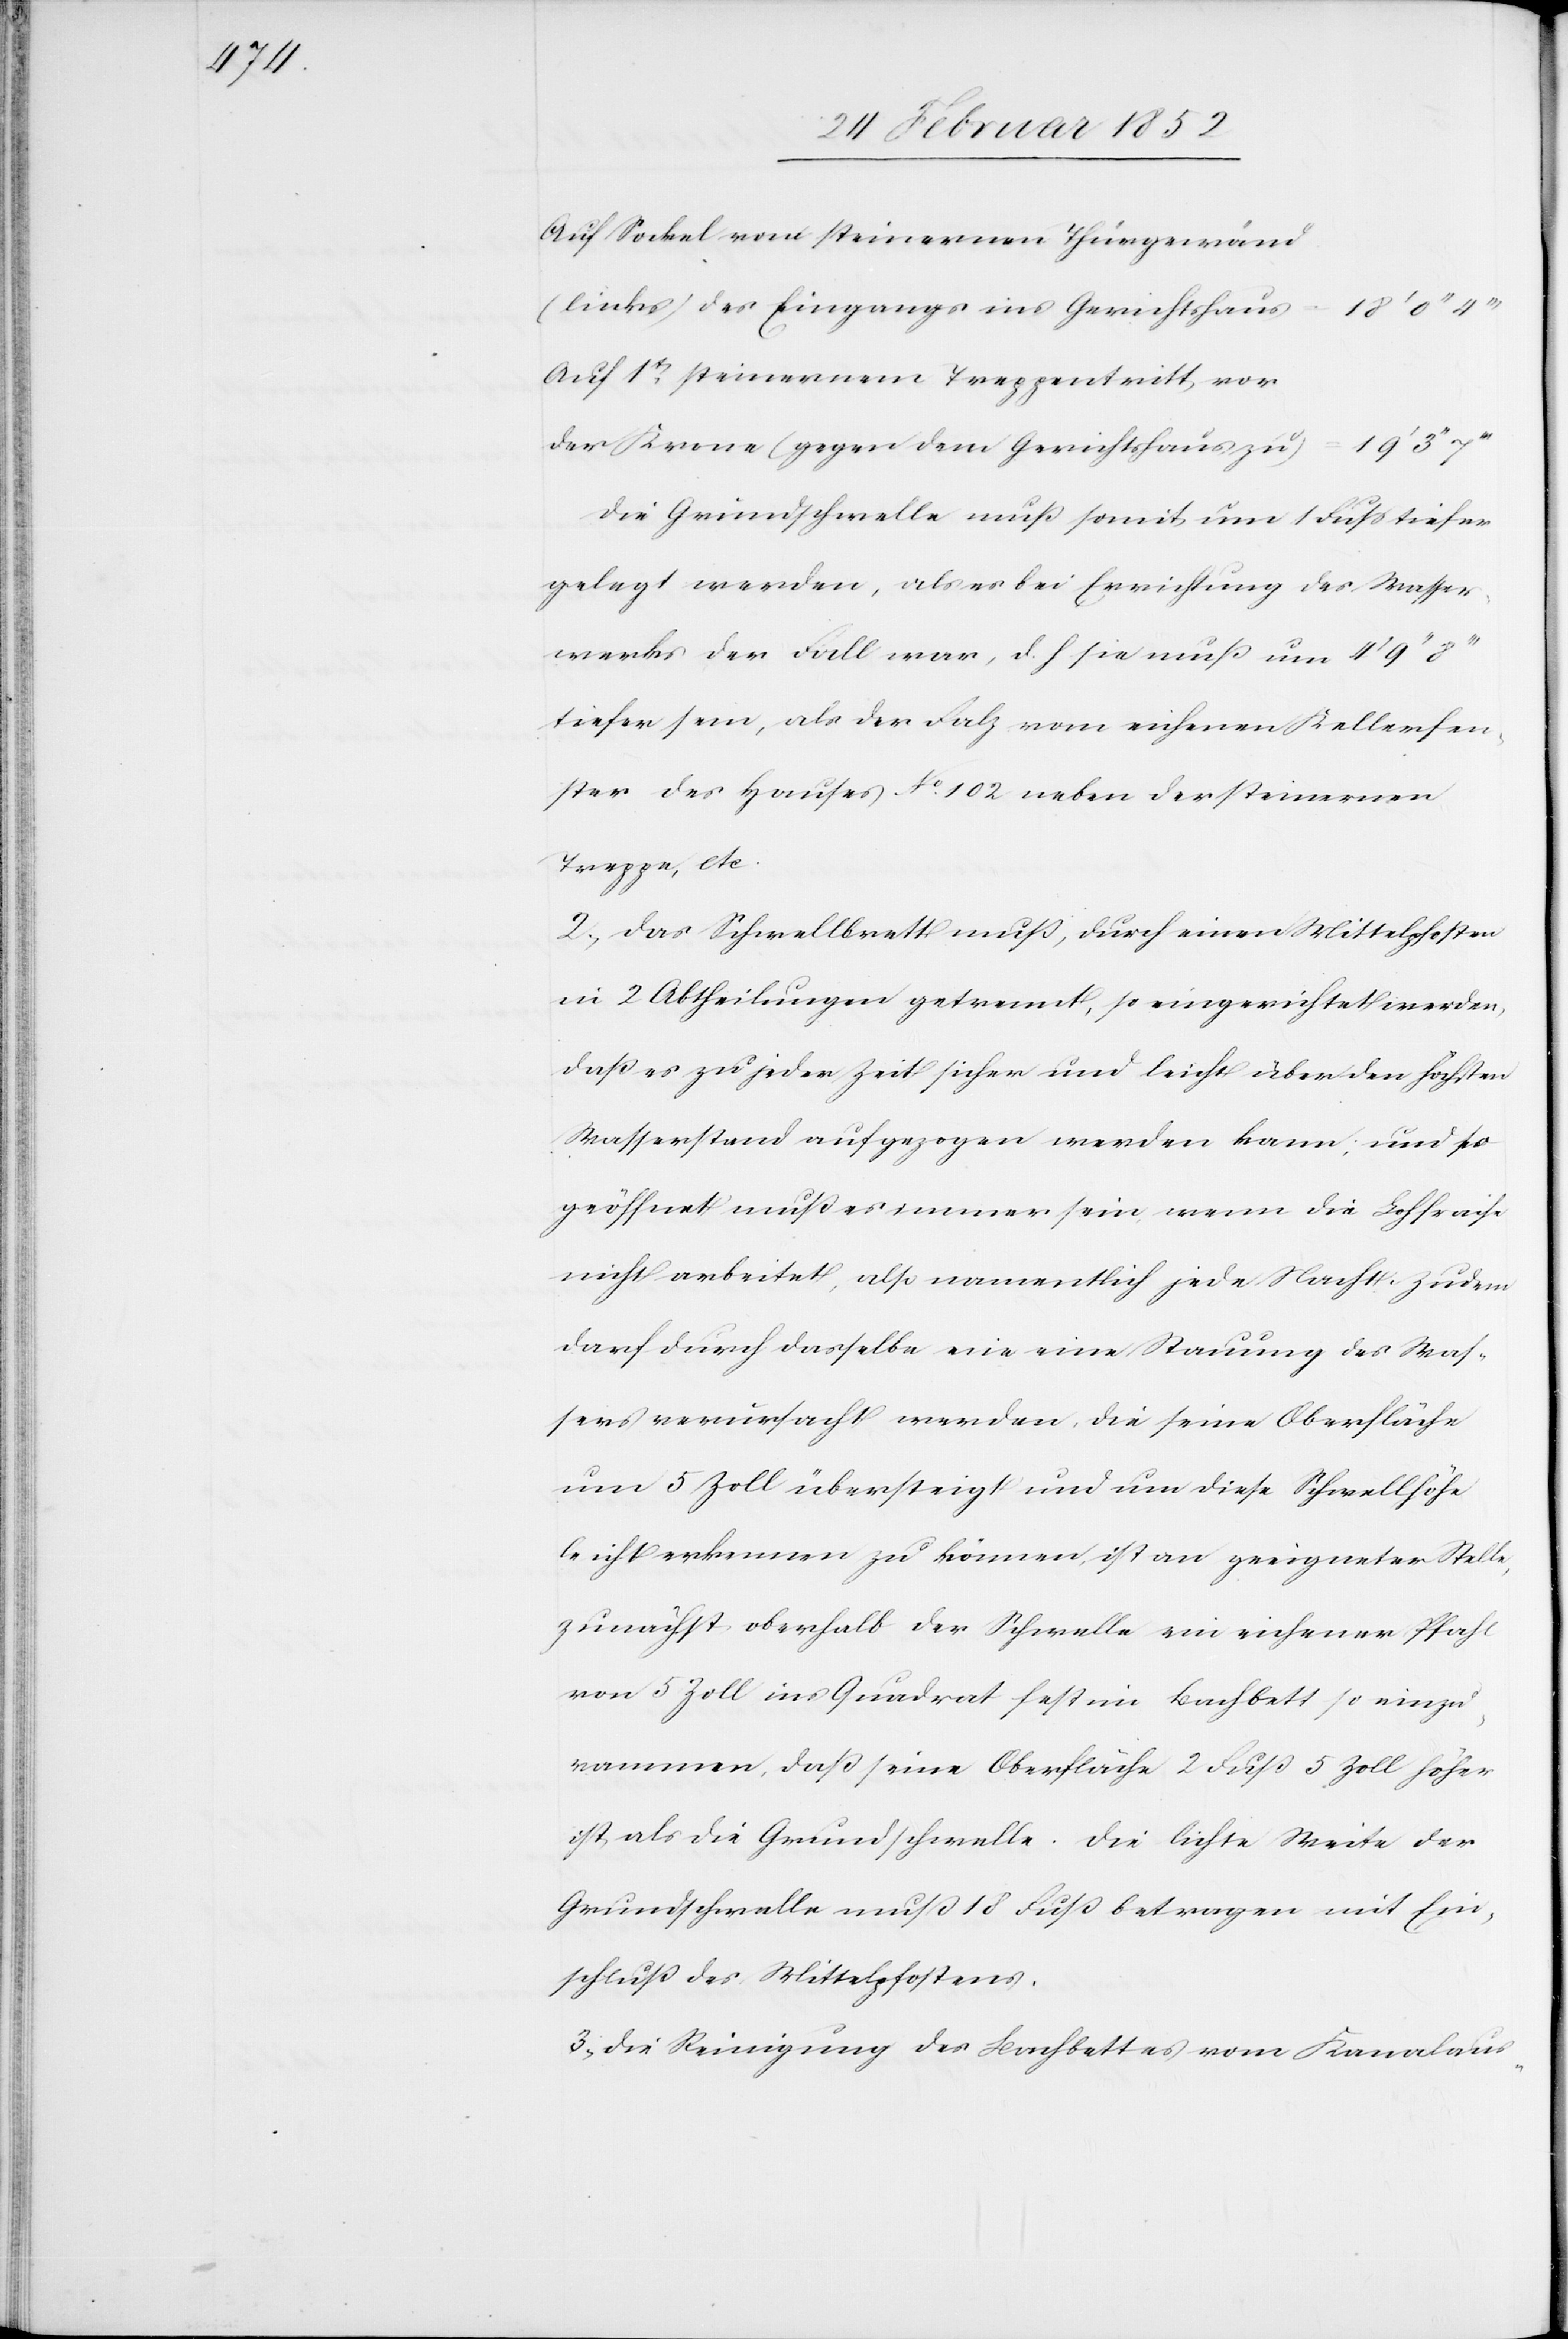
Auf Sockel vom steinernen Thürgewand
(links) des Eingangs ins Gerichtshaus
Auf 1t steinernem Treppentritt vor
der Krone (gegen dem Gerichtshaus zu)
Die Grundschwelle muß somit um 1 Fuß tiefer
gelegt werden, als er bei Errichtung des Wasser¬
werks der Fall war, d. h. sie muß um 4’
tiefer sein, als der Falz vom eichernen Kellerfen¬
ster des Hauses No. 102 ueber der steinernen
Treppe, etc.
2.) Das Schwellbrett muß, durch einen Mittelpfosten
in 2 Abtheilungen getrennt, so eingerichtet werden,
daß es zu jeder Zeit sicher und leicht über den höchsten
Wasserstand aufgezogen werden kann, und so
geöffnet muß es immer sein wenn die Lohfraise
nicht anerbietet, also namentlich jede Nacht. Zudem
darf durch dasselbe nie eine Stauung des Was¬
sers verursacht werden, die seine Oberfläche
um 5 Zoll übersteigt und um diese Schwellhöhe
leicht erkennen zu können, ist an geeigneter Stelle,
zunächst oberhalb der Schwelle ein eichener Pfahl
von 5 Zoll ins Quadrat fest im Bachbett so einzu¬
rammen, daß seine Oberfläche 2 Fuß 5 Zoll höher
ist als die Grundschwelle. Die lichte Weite der
Grundschwelle muß 18 Fuß betragen mit Ein¬
schluß des Mittelpfostens.
3.) Die Reinigung des Bachbettes vom Kanalaus-